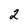
Character: 2